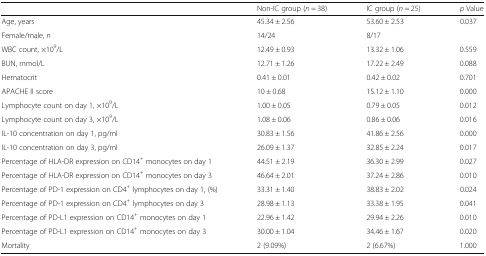
<table><thead><tr><td></td><td><b>Non-IC group (<i>n</i> = 38)</b></td><td><b>IC group (<i>n</i> = 25)</b></td><td><b><i>p</i> Value</b></td></tr></thead><tbody><tr><td>Age, years</td><td>45.34 ± 2.56</td><td>53.60 ± 2.53</td><td>0.037</td></tr><tr><td>Female/male, <i>n</i></td><td>14/24</td><td>8/17</td><td></td></tr><tr><td>WBC count, ×10<sup>9</sup>/L</td><td>12.49 ± 0.93</td><td>13.32 ± 1.06</td><td>0.559</td></tr><tr><td>BUN, mmol/L</td><td>12.71 ± 1.26</td><td>17.22 ± 2.49</td><td>0.088</td></tr><tr><td>Hematocrit</td><td>0.41 ± 0.01</td><td>0.42 ± 0.02</td><td>0.701</td></tr><tr><td>APACHE II score</td><td>10 ± 0.68</td><td>15.12 ± 1.10</td><td>0.000</td></tr><tr><td>Lymphocyte count on day 1, ×10<sup>9</sup>/L</td><td>1.00 ± 0.05</td><td>0.79 ± 0.05</td><td>0.012</td></tr><tr><td>Lymphocyte count on day 3, ×10<sup>9</sup>/L</td><td>1.08 ± 0.06</td><td>0.86 ± 0.06</td><td>0.016</td></tr><tr><td>IL-10 concentration on day 1, pg/ml</td><td>30.83 ± 1.56</td><td>41.86 ± 2.56</td><td>0.000</td></tr><tr><td>IL-10 concentration on day 3, pg/ml</td><td>26.09 ± 1.37</td><td>32.85 ± 2.24</td><td>0.017</td></tr><tr><td>Percentage of HLA-DR expression on CD14<sup>+</sup> monocytes on day 1</td><td>44.51 ± 2.19</td><td>36.30 ± 2.99</td><td>0.027</td></tr><tr><td>Percentage of HLA-DR expression on CD14<sup>+</sup> monocytes on day 3</td><td>46.64 ± 2.01</td><td>37.24 ± 2.86</td><td>0.010</td></tr><tr><td>Percentage of PD-1 expression on CD4<sup>+</sup> lymphocytes on day 1, (%)</td><td>33.31 ± 1.40</td><td>38.83 ± 2.02</td><td>0.024</td></tr><tr><td>Percentage of PD-1 expression on CD4<sup>+</sup> lymphocytes on day 3</td><td>28.98 ± 1.13</td><td>33.38 ± 1.95</td><td>0.041</td></tr><tr><td>Percentage of PD-L1 expression on CD14<sup>+</sup> monocytes on day 1</td><td>22.96 ± 1.42</td><td>29.94 ± 2.26</td><td>0.010</td></tr><tr><td>Percentage of PD-L1 expression on CD14<sup>+</sup> monocytes on day 3</td><td>30.00 ± 1.04</td><td>34.46 ± 1.67</td><td>0.020</td></tr><tr><td>Mortality</td><td>2 (9.09%)</td><td>2 (6.67%)</td><td>1.000</td></tr></tbody></table>